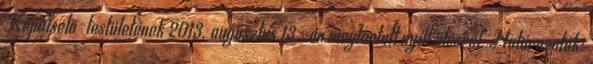
Képviselő-testületének 2013. augusztus 13- án megtartott nyílt ülésről. Határozatok: